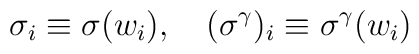
\sigma_i \equiv \sigma(w_i), \quad (\sigma^\gamma)_i \equiv\sigma^\gamma (w_i)